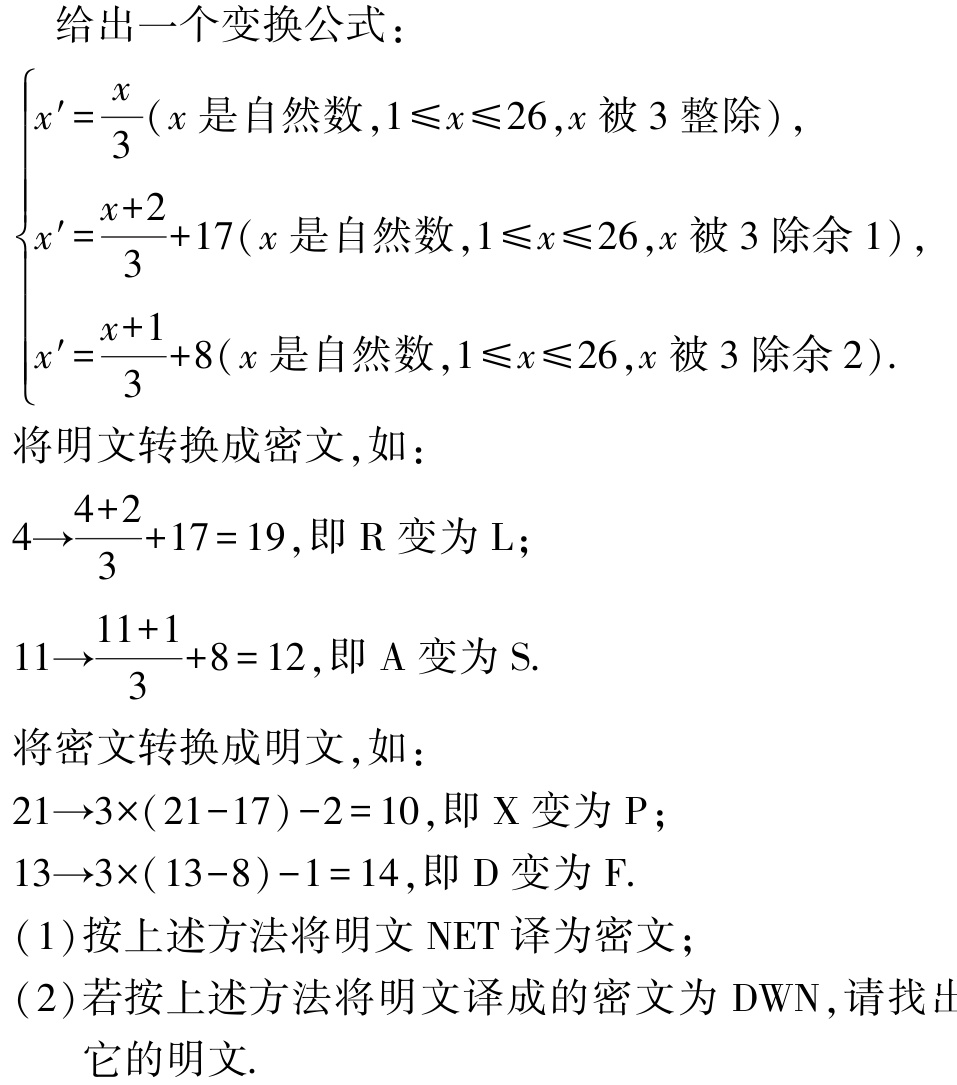
给出一个变换公式：

\[\begin{cases}

x' = \frac{x}{3}(x\text{ 是自然数},1\leqslant x\leqslant 26,x\text{ 被 }3\text{ 整除}),\\

x' = \frac{x + 2}{3}+17(x\text{ 是自然数},1\leqslant x\leqslant 26,x\text{ 被 }3\text{ 除余 }1),\\

x' = \frac{x + 1}{3}+8(x\text{ 是自然数},1\leqslant x\leqslant 26,x\text{ 被 }3\text{ 除余 }2).

\end{cases}\]

将明文转换成密文，如：

\[4\to\frac{4 + 2}{3}+17 = 19,\text{ 即 R 变为 L};\]

\[11\to\frac{11 + 1}{3}+8 = 12,\text{ 即 A 变为 S}.\]

将密文转换成明文，如：

\[21\to3\times(21 - 17)-2 = 10,\text{ 即 X 变为 P};\]

\[13\to3\times(13 - 8)-1 = 14,\text{ 即 D 变为 F}.\]

(1)按上述方法将明文 NET 译为密文；

(2)若按上述方法将明文译成的密文为 DWN，请找出它的明文.